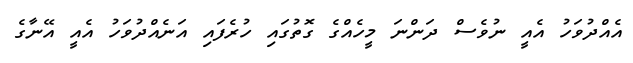
އެއްދުވަހު އެއީ ނުވެސް ދަންނަ މީހެއްގެ ގޮތުގައި ހުރެފައި އަނެއްދުވަހު އެއީ އޭނާގެ